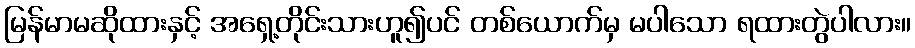
မြန်မာမဆိုထားနှင့် အရှေ့တိုင်းသားဟူ၍ပင် တစ်ယောက်မှ မပါသော ရထားတွဲပါလား။